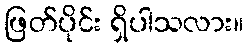
ဖြတ်ပိုင်း ရှိပါသလား။